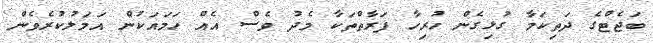
ބަޖެޓްގެ ދަތިކަމާ ގުޅިގެން ހުރިހާ ފަރާތްތަކާ މެދު ވެސް އެއް ހަމައަކުން އަމަލުކުރެވެން